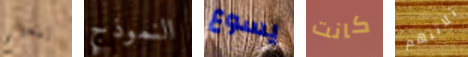
يتعلم النموذج يسوع كانت ثلاثتهم